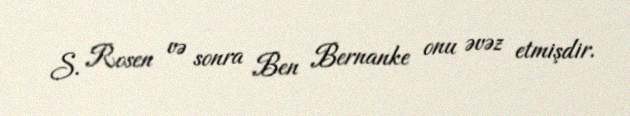
S. Rosen və sonra Ben Bernanke onu əvəz etmişdir.